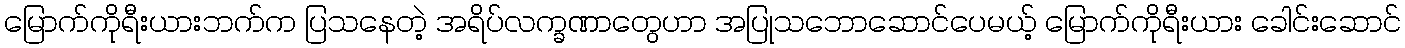
မြောက်ကိုရီးယားဘက်က ပြသနေတဲ့ အရိပ်လက္ခဏာတွေဟာ အပြုသဘောဆောင်ပေမယ့် မြောက်ကိုရီးယား ခေါင်းဆောင်